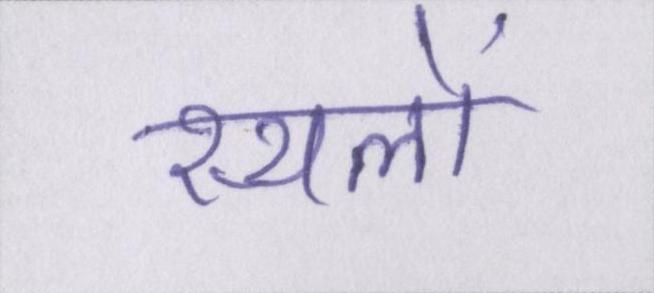
स्थलों